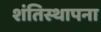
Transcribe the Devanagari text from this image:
शंतिस्थापना